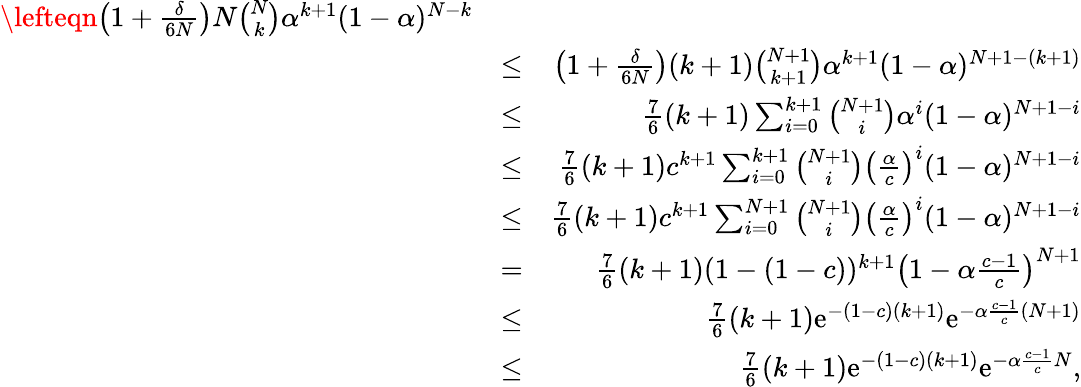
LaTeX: \begin{array}{rlr}{\lefteqn{\left(1+\frac{\delta}{6N}\right)N{\binom{N}{k}}\alpha^{k+1}(1-\alpha)^{N-k}}}\\ &{\leq}&{\left(1+\frac{\delta}{6N}\right)(k+1){\binom{N+1}{k+1}}\alpha^{k+1}(1-\alpha)^{N+1-(k+1)}}\\ &{\leq}&{\frac{7}{6}(k+1)\sum_{i=0}^{k+1}{\binom{N+1}{i}}\alpha^{i}(1-\alpha)^{N+1-i}}\\ &{\leq}&{\frac{7}{6}(k+1)c^{k+1}\sum_{i=0}^{k+1}{\binom{N+1}{i}}\left(\frac{\alpha}{c}\right)^{i}(1-\alpha)^{N+1-i}}\\ &{\leq}&{\frac{7}{6}(k+1)c^{k+1}\sum_{i=0}^{N+1}{\binom{N+1}{i}}\left(\frac{\alpha}{c}\right)^{i}(1-\alpha)^{N+1-i}}\\ &{=}&{\frac{7}{6}(k+1)(1-(1-c))^{k+1}\left(1-\alpha\frac{c-1}{c}\right)^{N+1}}\\ &{\leq}&{\frac{7}{6}(k+1)\mathrm{e}^{-(1-c)(k+1)}\mathrm{e}^{-\alpha\frac{c-1}{c}(N+1)}}\\ &{\leq}&{\frac{7}{6}(k+1)\mathrm{e}^{-(1-c)(k+1)}\mathrm{e}^{-\alpha\frac{c-1}{c}N},}\end{array}